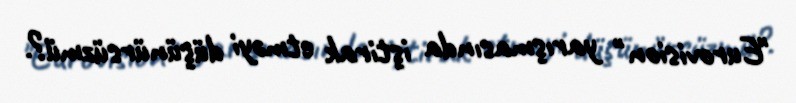
"Eurovision" yarışmasında iştirak etməyi düşünürsüzmü?.